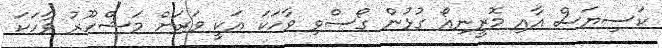
ކަސިޔަސް އާއި މޮރީނިއޯ ގުޅުން ގޯސްވި ވާހަކަ އަކީ ވަރަށް މަޝްހޫރު ވާހަކަ